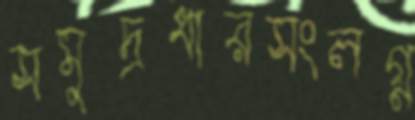
সমুদ্রধারসংলগ্ন